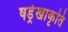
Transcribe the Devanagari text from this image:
षड्रेखाकृति